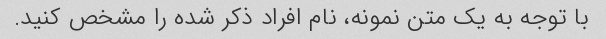
با توجه به یک متن نمونه، نام افراد ذکر شده را مشخص کنید.